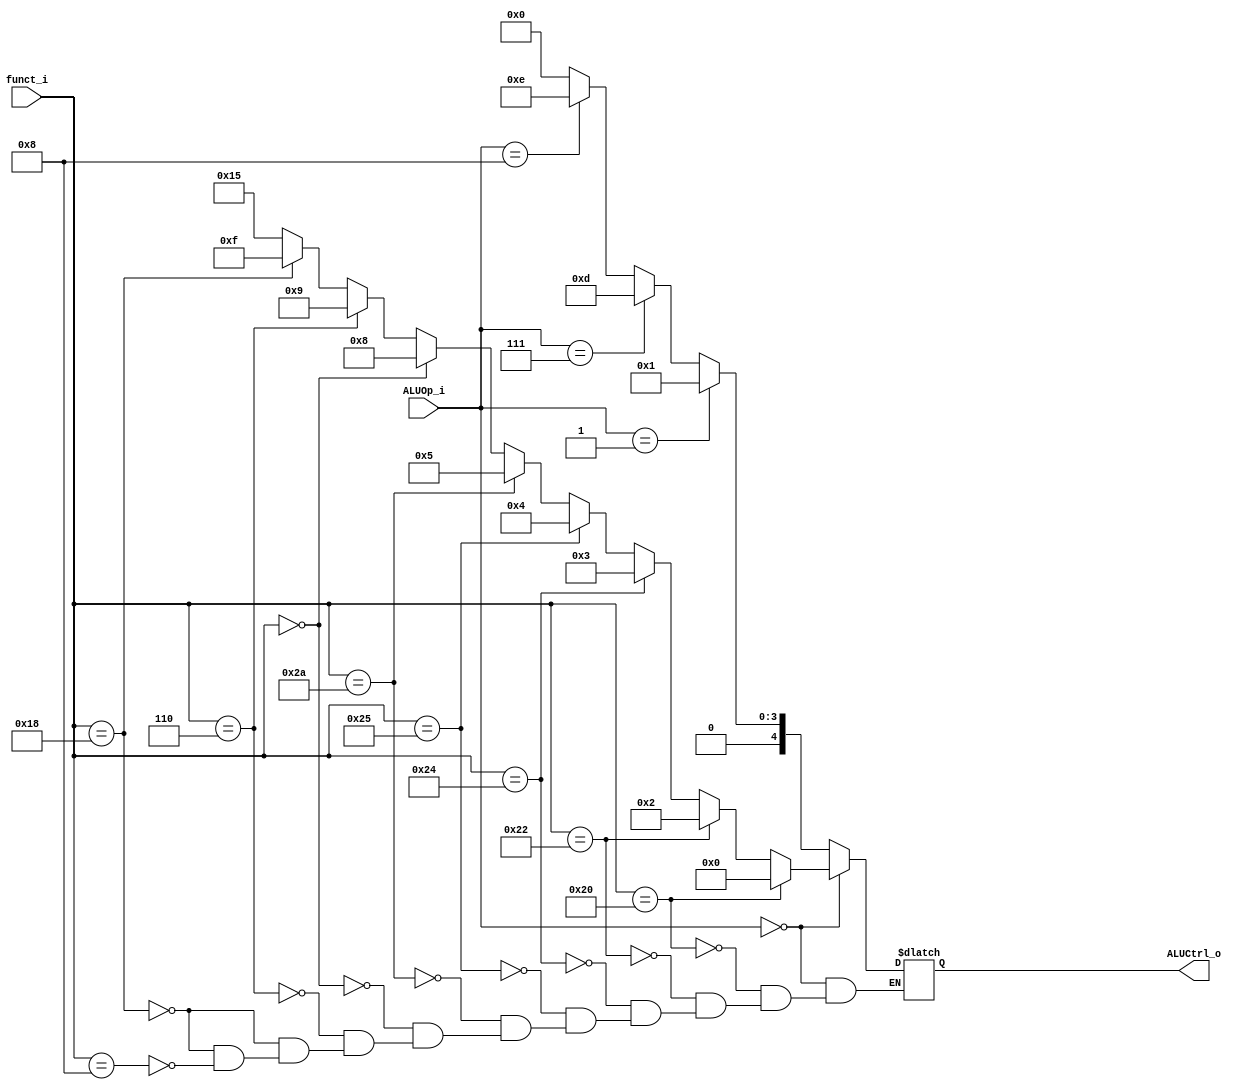
//Subject:     CO project 2 - ALU Controller
//--------------------------------------------------------------------------------
//Version:     1
//--------------------------------------------------------------------------------
//Writer:      
//----------------------------------------------
//Date:        
//----------------------------------------------
//Description: 
//--------------------------------------------------------------------------------

module ALU_Control(
          funct_i,
          ALUOp_i,
          ALUCtrl_o
          );
          
//I/O ports 
input      [6-1:0] funct_i;
input      [4-1:0] ALUOp_i;

output     [5-1:0] ALUCtrl_o;    
     
//Internal Signals
reg        [5-1:0] ALUCtrl_o;

//Parameter

       
//Select exact operation
always @(*)begin
	if(ALUOp_i == 0)begin//R-type
		if(funct_i == 32)ALUCtrl_o <= 0;//add
		else if(funct_i == 34)ALUCtrl_o <= 2;//sub
		else if(funct_i == 36)ALUCtrl_o <= 3;//and
		else if(funct_i == 37)ALUCtrl_o <= 4;//or
		else if(funct_i == 42)ALUCtrl_o <= 5;//slt
		else if(funct_i == 0)ALUCtrl_o <= 8;//sll
		else if(funct_i == 6)ALUCtrl_o <= 9;//srlv
		else if(funct_i == 24)ALUCtrl_o <= 15;
		else if(funct_i == 6'b011000)ALUCtrl_o <= 15;//mul
		else if(funct_i == 6'b001000)ALUCtrl_o <= 21;//jr
	end
	else if(ALUOp_i == 1)begin//addi
		ALUCtrl_o <= 1;
	end
	else if(ALUOp_i == 7)begin//lw
		ALUCtrl_o <= 13;
	end
	else if(ALUOp_i == 8)begin//sw
		ALUCtrl_o <= 14;
	end
	else begin
		ALUCtrl_o <= 0;
	end
end
endmodule